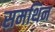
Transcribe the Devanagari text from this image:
समथिन